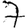
Digit: 7